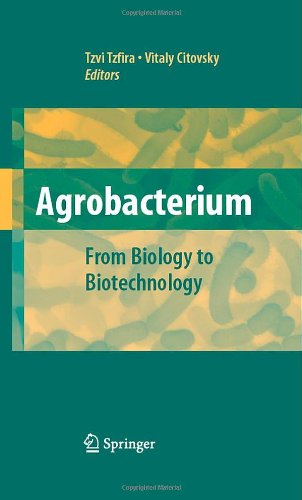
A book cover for Agrobacterium: From Biology to Biotechnology; Health, Fitness & Dieting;